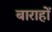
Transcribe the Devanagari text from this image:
बाराहों